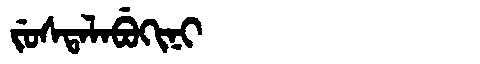
Manchu: ᠵᡠᠰᡨᠠᠯᠠᠪᡠᡴᡳᠨᡳ
Romanization: JUSTALABUKINI